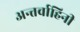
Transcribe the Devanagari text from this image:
अन्तर्वाहिनी